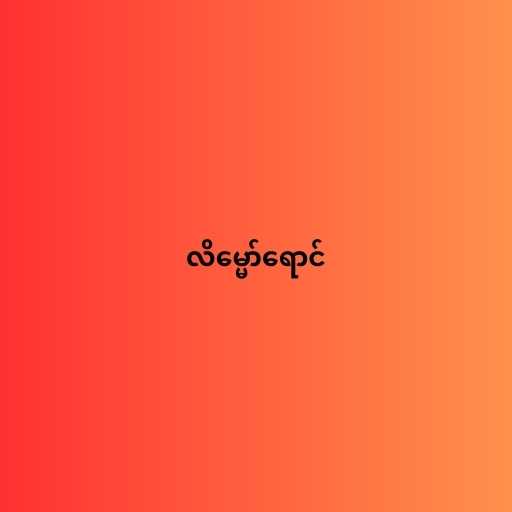
လိမ္မော်ရောင်